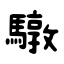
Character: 驐